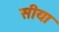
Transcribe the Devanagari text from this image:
सीया